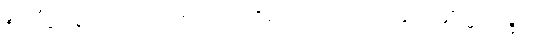
ဒီဃဒါဌောစ၊ ရှည်သောအစွယ်လည်းရှိ၏။ ယတ္ထ၊ အကြင်ခြင်္သေ့မျိုး၌။ ကုဉ္ဇရံ၊